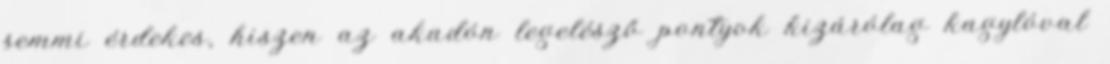
semmi érdekes, hiszen az akadón legelésző pontyok kizárólag kagylóval